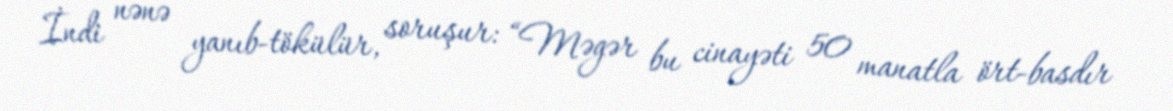
İndi nənə yanıb-tökülür, soruşur: “Məgər bu cinayəti 50 manatla ört-basdır